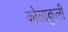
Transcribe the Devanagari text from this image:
कोलाकुली